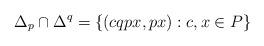
LaTeX: \begin{align*}\Delta_p\cap \Delta^q = \{(cqpx,px): c,x\in P\}\end{align*}